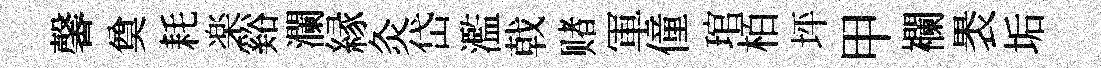
馨奠耗楽谿瀾縁灸岱濫戟赌軍僮琯栢坪甲襴褁垢